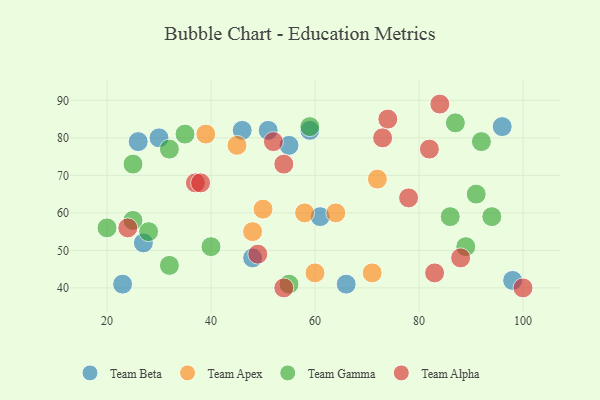
{"axis": {"x": "GDP", "y": "Life Expectancy"}, "legend": ["Team Alpha", "Team Apex", "Team Beta", "Team Gamma"], "data": [{"x": "51", "y": 82, "type": "Team Beta"}, {"x": "23", "y": 41, "type": "Team Beta"}, {"x": "98", "y": 42, "type": "Team Beta"}, {"x": "96", "y": 83, "type": "Team Beta"}, {"x": "48", "y": 48, "type": "Team Beta"}, {"x": "59", "y": 82, "type": "Team Beta"}, {"x": "26", "y": 79, "type": "Team Beta"}, {"x": "61", "y": 59, "type": "Team Beta"}, {"x": "27", "y": 52, "type": "Team Beta"}, {"x": "55", "y": 78, "type": "Team Beta"}, {"x": "30", "y": 80, "type": "Team Beta"}, {"x": "46", "y": 82, "type": "Team Beta"}, {"x": "66", "y": 41, "type": "Team Beta"}, {"x": "72", "y": 69, "type": "Team Apex"}, {"x": "64", "y": 60, "type": "Team Apex"}, {"x": "50", "y": 61, "type": "Team Apex"}, {"x": "58", "y": 60, "type": "Team Apex"}, {"x": "39", "y": 81, "type": "Team Apex"}, {"x": "45", "y": 78, "type": "Team Apex"}, {"x": "48", "y": 55, "type": "Team Apex"}, {"x": "71", "y": 44, "type": "Team Apex"}, {"x": "60", "y": 44, "type": "Team Apex"}, {"x": "20", "y": 56, "type": "Team Gamma"}, {"x": "94", "y": 59, "type": "Team Gamma"}, {"x": "32", "y": 46, "type": "Team Gamma"}, {"x": "25", "y": 58, "type": "Team Gamma"}, {"x": "28", "y": 55, "type": "Team Gamma"}, {"x": "59", "y": 83, "type": "Team Gamma"}, {"x": "87", "y": 84, "type": "Team Gamma"}, {"x": "55", "y": 41, "type": "Team Gamma"}, {"x": "89", "y": 51, "type": "Team Gamma"}, {"x": "32", "y": 77, "type": "Team Gamma"}, {"x": "91", "y": 65, "type": "Team Gamma"}, {"x": "86", "y": 59, "type": "Team Gamma"}, {"x": "35", "y": 81, "type": "Team Gamma"}, {"x": "40", "y": 51, "type": "Team Gamma"}, {"x": "92", "y": 79, "type": "Team Gamma"}, {"x": "25", "y": 73, "type": "Team Gamma"}, {"x": "74", "y": 85, "type": "Team Alpha"}, {"x": "52", "y": 79, "type": "Team Alpha"}, {"x": "49", "y": 49, "type": "Team Alpha"}, {"x": "78", "y": 64, "type": "Team Alpha"}, {"x": "37", "y": 68, "type": "Team Alpha"}, {"x": "24", "y": 56, "type": "Team Alpha"}, {"x": "84", "y": 89, "type": "Team Alpha"}, {"x": "82", "y": 77, "type": "Team Alpha"}, {"x": "83", "y": 44, "type": "Team Alpha"}, {"x": "88", "y": 48, "type": "Team Alpha"}, {"x": "38", "y": 68, "type": "Team Alpha"}, {"x": "54", "y": 73, "type": "Team Alpha"}, {"x": "100", "y": 40, "type": "Team Alpha"}, {"x": "73", "y": 80, "type": "Team Alpha"}, {"x": "54", "y": 40, "type": "Team Alpha"}]}